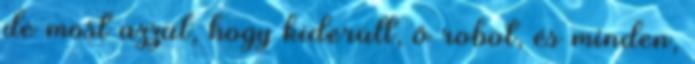
de most azzal, hogy kiderült, ő robot, és minden,